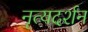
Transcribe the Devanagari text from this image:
नृत्यदर्शन